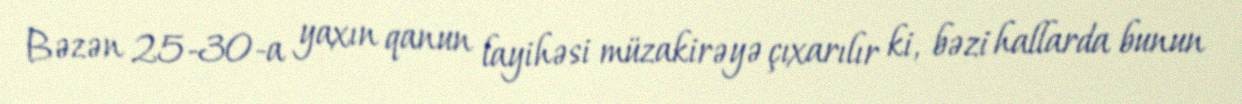
Bəzən 25-30-a yaxın qanun layihəsi müzakirəyə çıxarılır ki, bəzi hallarda bunun